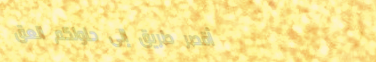
أقصر طريق إلى حلولكم العق